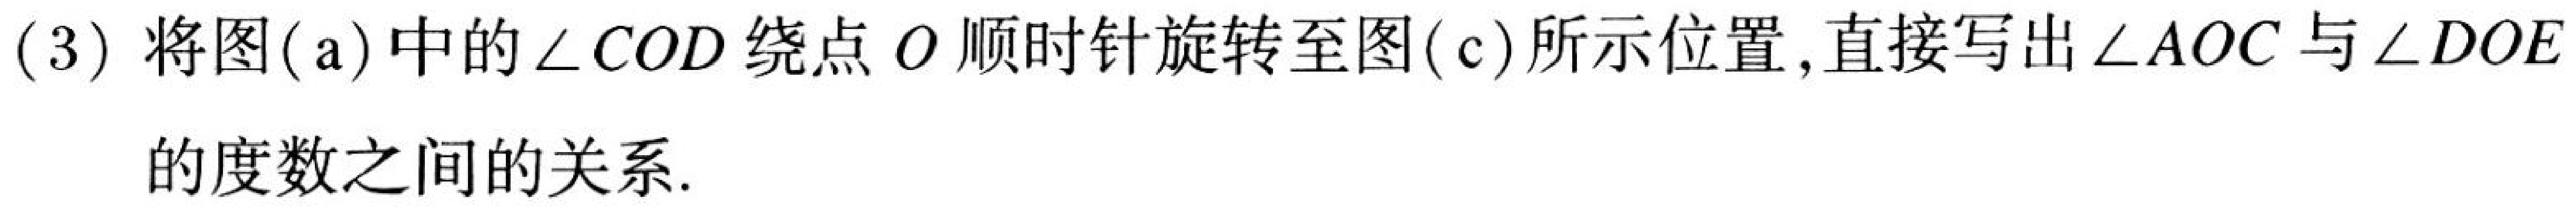
(3) 将图(a)中的\(\angle COD\)绕点\(O\)顺时针旋转至图(c)所示位置,直接写出\(\angle AOC\)与\(\angle DOE\)的度数之间的关系.